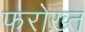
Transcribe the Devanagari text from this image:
फरोख़्त